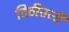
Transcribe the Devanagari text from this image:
दिठीतली